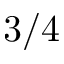
3 / 4